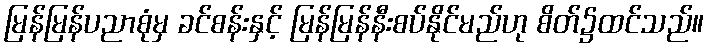
မြန်မြန်ပညာစုံမှ ခင်စန်းနှင့် မြန်မြန်နီးစပ်နိုင်မည်ဟု စိတ်၌ထင်သည်။